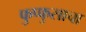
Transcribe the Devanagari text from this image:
फुप्फुसाचा